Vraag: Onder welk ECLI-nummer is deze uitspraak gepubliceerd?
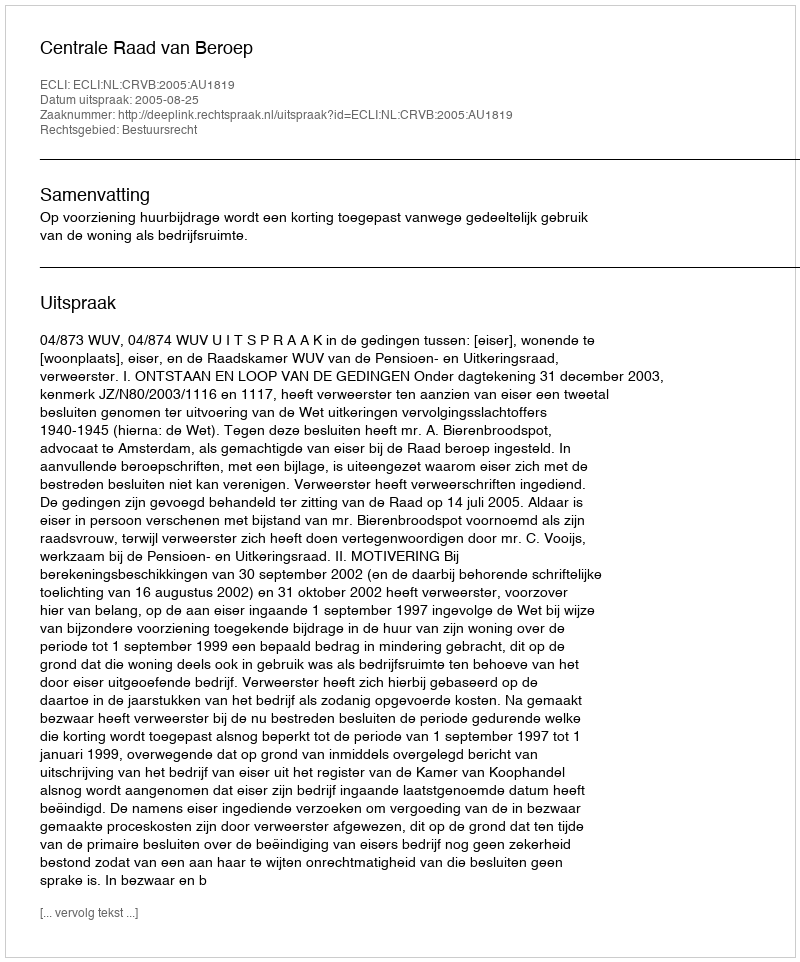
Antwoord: ECLI:NL:CRVB:2005:AU1819